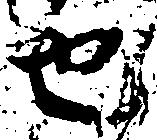
也